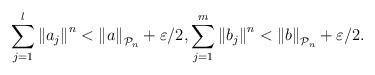
LaTeX: \begin{align*}\sum_{j=1}^l \left\Vert a_j\right\Vert^n<\left\Vert a\right\Vert_{\mathcal{P}_n}+\varepsilon/2, \sum_{j=1}^m \left\Vert b_j\right\Vert^n<\left\Vert b\right\Vert_{\mathcal{P}_n}+\varepsilon/2.\end{align*}